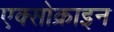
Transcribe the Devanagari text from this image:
एक्सोक्राइन